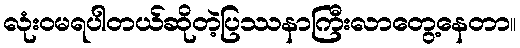
လုံးဝမရပါတယ်ဆိုတဲ့ပြဿနာကြီးလာတွေ့နေတာ။